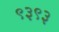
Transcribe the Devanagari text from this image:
९३९३